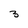
Character: 3